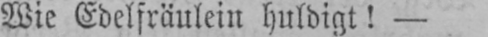
Wie Edelfräulein huldigt! -